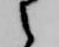
之